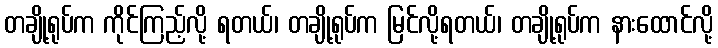
တချို့ရုပ်က ကိုင်ကြည့်လို့ ရတယ်၊ တချို့ရုပ်က မြင်လို့ရတယ်၊ တချို့ရုပ်က နားထောင်လို့